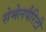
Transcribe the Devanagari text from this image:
सेमेलपैरिटी